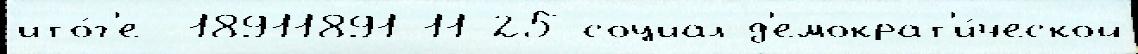
ито́г'е  18911891-11-25 социал-д'емократ'и́ческой